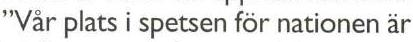
"Vår plats i spetsen för nationen är